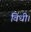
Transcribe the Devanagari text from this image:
विधी।